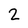
Character: 2